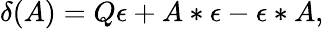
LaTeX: \delta(A)=Q\epsilon+A*\epsilon-\epsilon*A,